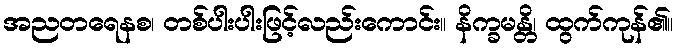
အညတရေနစ၊ တစ်ပါးပါးဖြင့်လည်းကောင်း။ နိက္ခမန္တိ၊ ထွက်ကုန်၏။